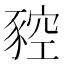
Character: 𧱡